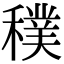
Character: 穙